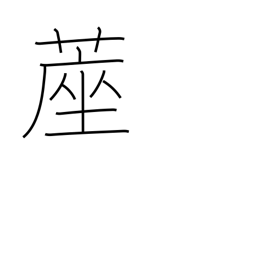
Meaning: matting